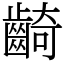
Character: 齮